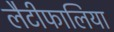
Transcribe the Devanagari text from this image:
लैटीफालिया